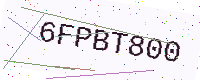
Text: 6FPBT800